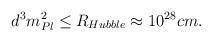
LaTeX: \begin{align*}d^3 m^2_{Pl} \leq R_{Hubble} \approx 10^{28} cm.\end{align*}